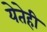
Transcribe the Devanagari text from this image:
येतेही